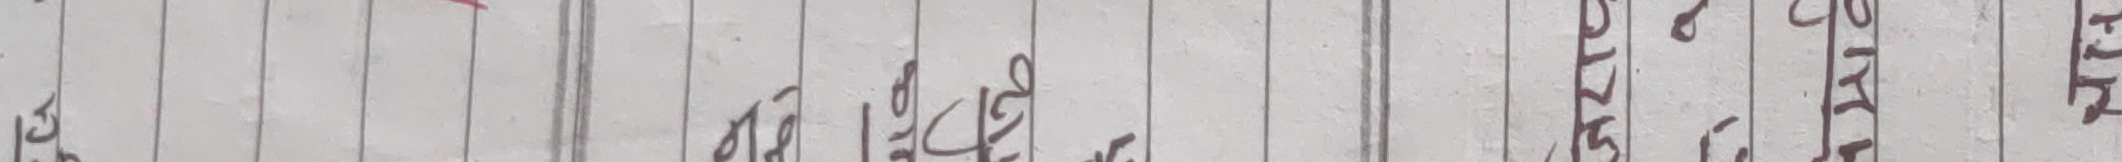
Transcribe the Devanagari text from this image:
२८ १५ श्रीज्ञाम श्रीम पूजा